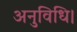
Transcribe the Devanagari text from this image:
अनुविधि।